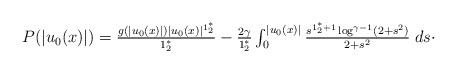
LaTeX: \begin{align*}\begin{array}{l}P(|u_{0}(x)|) = \frac{g \left( |u_{0}(x)| \right) |u_{0}(x)|^{1_{2}^{*}}}{1_{2}^{*}}- \frac{2 \gamma}{1_{2}^{*}} \int_{0}^{|u_{0}(x)|} \frac{s^{1_{2}^{*} + 1} \log^{\gamma -1} (2+ s^{2}) } {2+ s^{2}} \; ds \cdot\end{array}\end{align*}